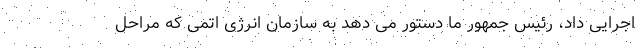
اجرایی داد، رئیس جمهور ما دستور می دهد به سازمان انرژی اتمی که مراحل